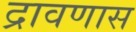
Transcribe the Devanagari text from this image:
द्रावणास